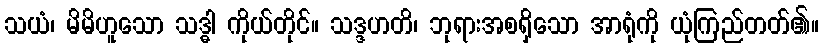
သယံ၊ မိမိဟူသော သဒ္ဓါ ကိုယ်တိုင်။ သဒ္ဒဟတိ၊ ဘုရားအစရှိသော အာရုံကို ယုံကြည်တတ်၏။